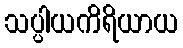
သပ္ပါယကိရိယာယ